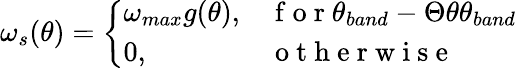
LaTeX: \omega_{s}(\theta)=\left\{ \begin{array}{ll}{\omega_{max}g(\theta),}&{\mathrm{~f~o~r~}\theta_{band}-\Theta\le\theta\le\theta_{band}}\\ {0,}&{\mathrm{~o~t~h~e~r~w~i~s~e~}}\end{array}\right.